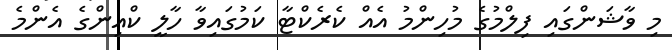
މި ވާޝަންގައި ފިލްމުގެ މުހިންމު އެއް ކެރެކްޓާ ކަމުގައިވާ ހާލީ ކްއިންގެ އެންމެ